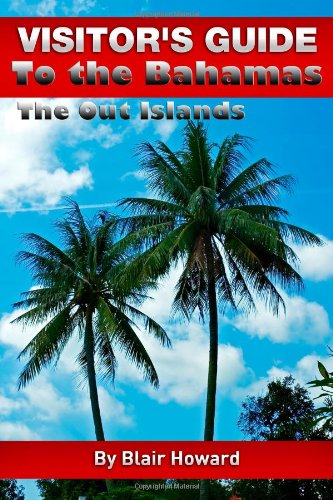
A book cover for Visitor's Guide to the Bahamas - The Out Islands; Blair Howard; Travel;